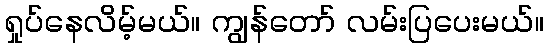
ရှုပ်နေလိမ့်မယ်။ ကျွန်တော် လမ်းပြပေးမယ်။